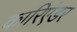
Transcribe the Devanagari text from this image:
कारिएंडर